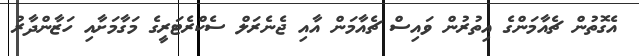
އެގޮތުން ޗެއާމަންގެ އިތުރުން ވައިސް ޗެއާމަން އާއި ޖެނެރަލް ސެކްރެޓަރީގެ މަގާމަށާއި ހަޒާންދާރު